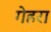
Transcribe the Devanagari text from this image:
गेहरा